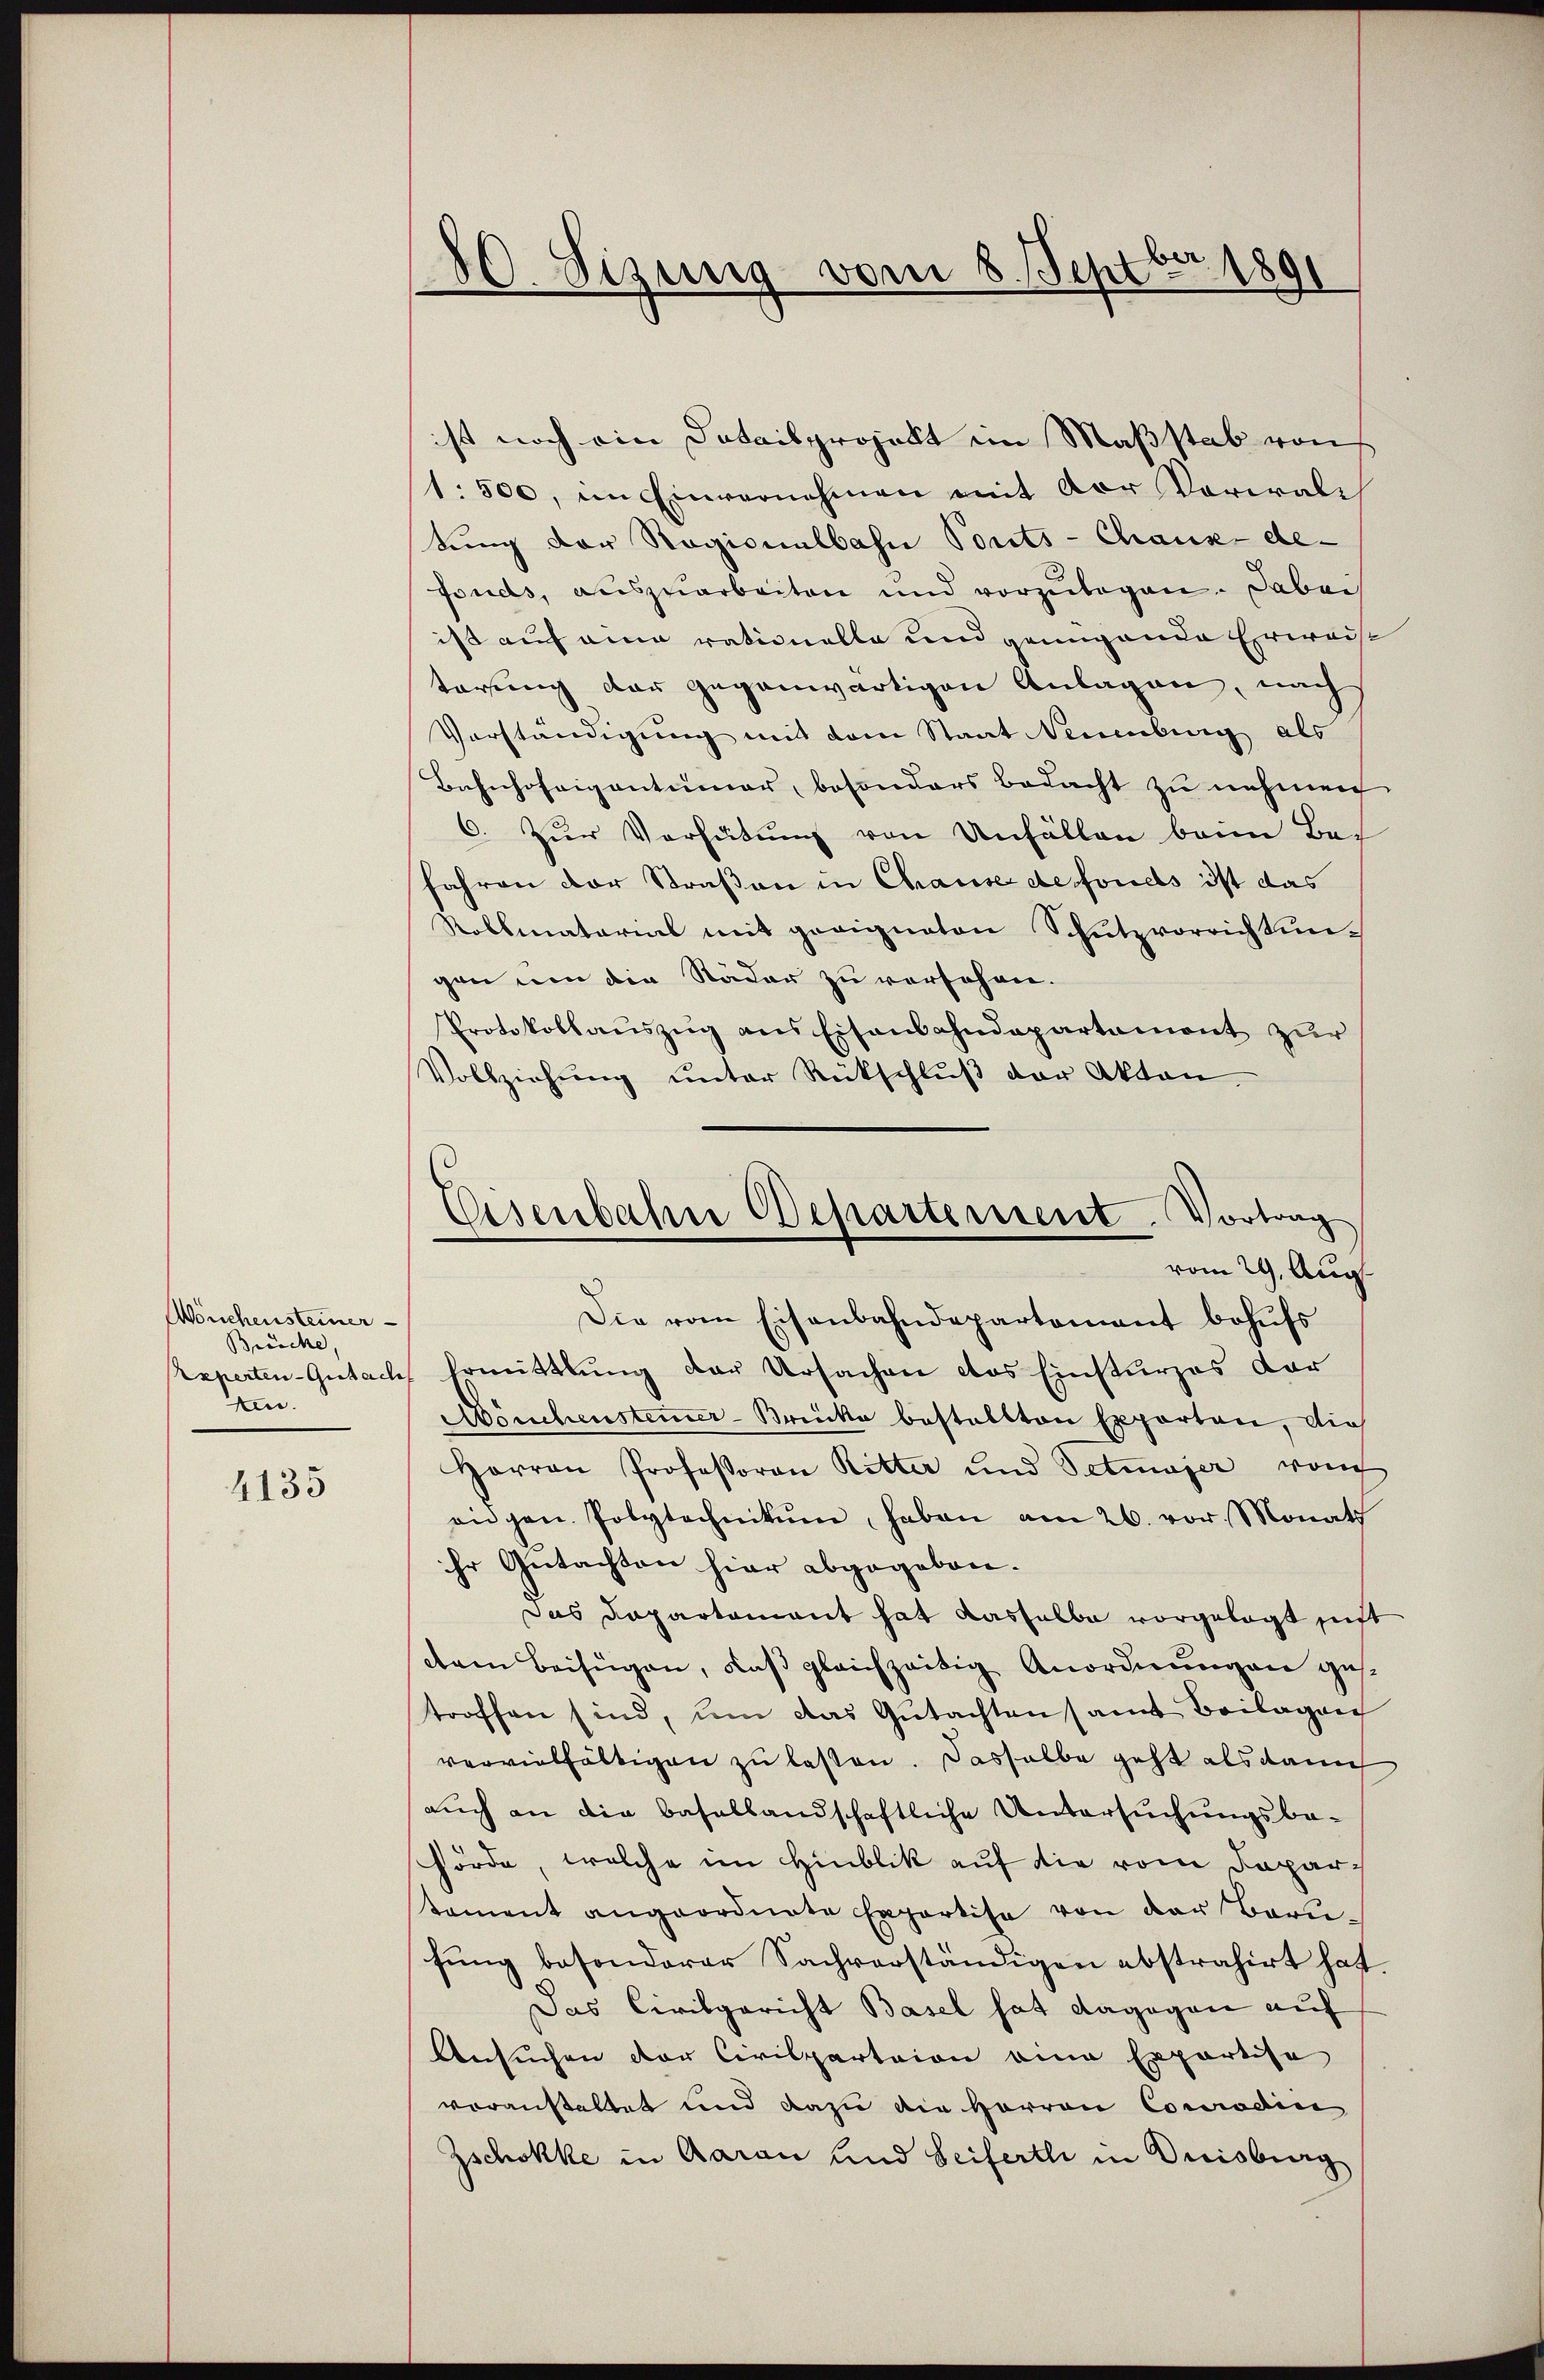
Wönchensteiner
Brücke,
xperten - Gutach
ten.

4135

80. Sizung vom 8. Septbr. 1891

ist noch ein Datailprojekt im Maßstab von
1:500, im Einvernehmen mit vor Vorwalt
tung der Ragionalbahn Ponts-Chaus de-
Fonds, auszuarbeiten und vorzŭlegen. Dabei
ist auf eine rationelle und genügende Erweist
terung der gegenwärtigen Anlagen, nach
Vorständigung mit dem Staat Neuenburg als
Bahnhofeigentümer, besonders bedacht zu nehmen
6. Zur Verhütung von Unfällen beim Bei-
fahren der Straßen in Chause de fonds ist das
Rollmatarial mit geeigneten Schutzvorrichtungan von die Räder zu versehen.
Protokollauszug aus Eisenbahndepartament zur
Vollziehŭng ŭnter Rückschlŭβ der Akten.

Eisenbahne Departement. Vortrag
vom 29. Aug.

Die vom Eisenbahndepartamant behŭfs
Ermittlung der Ursachen das Einsturzes dor
Wouchensteiner-Brücke bestellten Exporten, die
Harron Professoren Ritter und Betrager von
angen. Polytechnikŭm, haben am 26. vor. Monath
ihr Gutachten hier abgegeben.
das Dapartament hat dasselbe vorgelegt sicht
dem Beifügen, das gleichzeitig Anordnungen gestroffen sind, um das Gŭtachten samt Beilagen
vervielfältigen zu lassen. Dasselbe geht als dann
auch an die basellandschaftliche Untersuchungsbe-
förde, welche im Hinblik auf die vom Departament angeordnete Expertise von der Bern-
fung besonderer Sachverständigen abstrahirt hat
Das Civilgericht Basel hat dagegen auf
Ansuchen der Civilpertaion eine Exportise
voranstaltet und dazu die Herren Conradin
Zschokke in Aarau und Seiferti in Duisburg